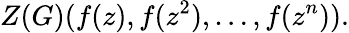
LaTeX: Z(G)(f(z),f(z^{2}),\ldots,f(z^{n})).